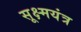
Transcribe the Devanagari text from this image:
सूक्ष्मयंत्र